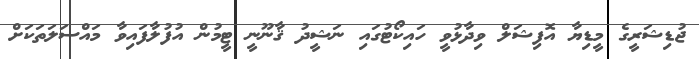
ޖުޑިޝަރީގެ މީޑިޔާ އޮފިޝަލް ވިދާޅުވީ ހައިކޯޓުގައި ނަޝީދު ޤާނޫނީ ޓީމުން އުފުލާފައިވާ މައްސަލަތަކަށް